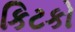
કિટકો